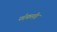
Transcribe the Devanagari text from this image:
फोकलैंड